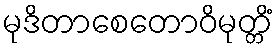
မုဒိတာစေတောဝိမုတ္တိံ